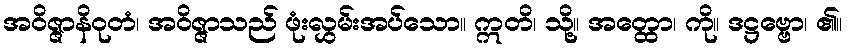
အဝိဇ္ဇာနိဝုတံ၊ အဝိဇ္ဇာသည် ဖုံးလွှမ်းအပ်သော။ ဣတိ၊ သို့။ အတ္ထော၊ ကို။ ဒဋ္ဌဗ္ဗော၊ ၏။